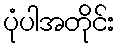
ပုံပါအတိုင်း